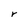
Character: r